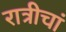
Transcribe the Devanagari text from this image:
रात्रीचां